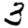
Digit: 3